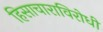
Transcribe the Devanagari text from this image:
हिसाचाराविरोधी